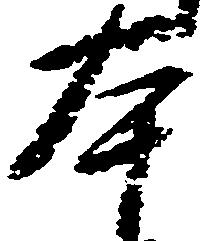
本